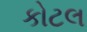
કોટલ